Indian journal of veterinary science and animal husbandry - Volume 4,
Year: 1934
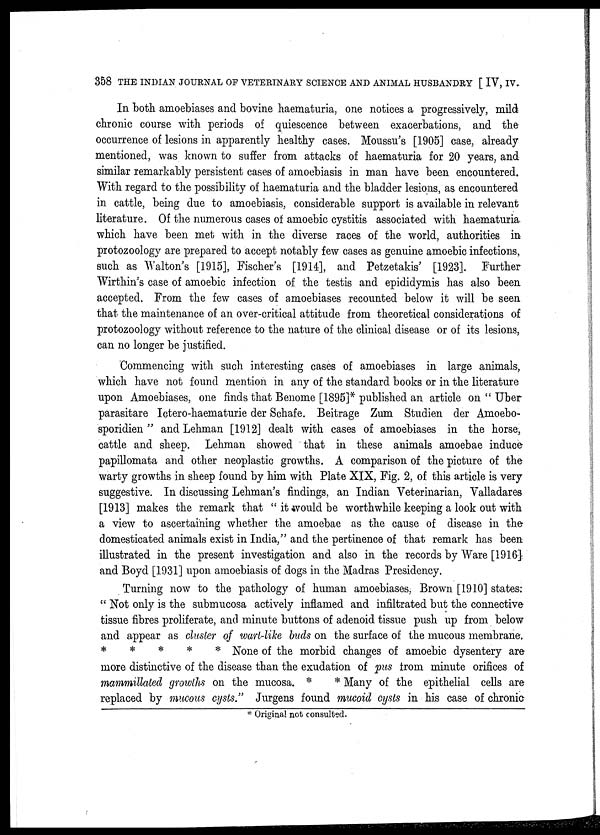
358 THE INDIAN JOURNAL OF VETERINARY SCIENCE AND ANIMAL HUSBANDRY [ IV, IV.
In both amoebiases and bovine haematuria, one notices a progressively, mild
chronic course with periods of quiescence between exacerbations, and the
occurrence of lesions in apparently healthy cases. Moussu's [1905] case, already
mentioned, was known to suffer from attacks of haematuria for 20 years, and
similar remarkably persistent cases of amoebiasis in man have been encountered.
With regard to the possibility of haematuria and the bladder lesions, as encountered
in cattle, being due to amoebiasis, considerable support is available in relevant
literature. Of the numerous cases of amoebic cystitis associated with haematuria
which have been met with in the diverse races of the world, authorities in
protozoology are prepared to accept notably few cases as genuine amoebic infections,
such as Walton's [1915], Fischer's [1914], and Petzetakis' [1923]. Further
Wirthin's case of amoebic infection of the testis and epididymis has also been
accepted. From the few cases of amoebiases recounted below it will be seen
that the maintenance of an over-critical attitude from theoretical considerations of
protozoology without reference to the nature of the clinical disease or of its lesions,
can no longer be justified.
Commencing with such interesting cases of amoebiases in large animals,
which have not found mention in any of the standard books or in the literature
upon Amoebiases, one finds that Benome [1895]* published an article on " Uber
parasitare Ictero-haematurie der Schafe. Beitrage Zum Studien der Amoebo-
sporidien " and Lehman [1912] dealt with cases of amoebiases in the horse,
cattle and sheep. Lehman showed that in these animals amoebae induce
papillomata and other neoplastic growths. A comparison of the picture of the
warty growths in sheep found by him with Plate XIX, Fig. 2, of this article is very
suggestive. In discussing Lehman's findings, an Indian Veterinarian, Valladares
[1913] makes the remark that "it would be worthwhile keeping a look out with
a view to ascertaining whether the amoebae as the cause of disease in the
domesticated animals exist in India," and the pertinence of that remark has been
illustrated in the present investigation and also in the records by Ware [1916]
and Boyd [1931] upon amoebiasis of dogs in the Madras Presidency.
Turning now to the pathology of human amoebiases, Brown [1910] states
" Not only is the submucosa actively inflamed and infiltrated but the connective
tissue fibres proliferate, and minute buttons of adenoid tissue push up from below
and appear as cluster of wart-like buds on the surface of the mucous membrane.
*
*
*
*
* None of the morbid changes of amoebic dysentery are
more distinctive of the disease than the exudation of pus from minute orifices of
mammillated growths on the mucosa. *
* Many of the epithelial cells are
replaced by mucous cysts." Jurgens found mucoid cysts in his case of chronic
* Original not consulted.